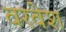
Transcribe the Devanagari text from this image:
वरवेश